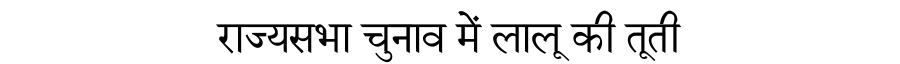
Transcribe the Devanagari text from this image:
राज्यसभा चुनाव में लालू की तूती